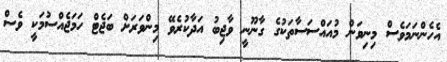
އެހެންނަމަވެސް މިނިވަން މުއައްސަސާތަކުގެ ގާނޫނީ ވާޖިބު އަދާކުރެވޭ މިންވަރަށް ބަޖެޓް ހަމަޖެއްސުމަކީ ވެސް